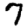
Digit: 7